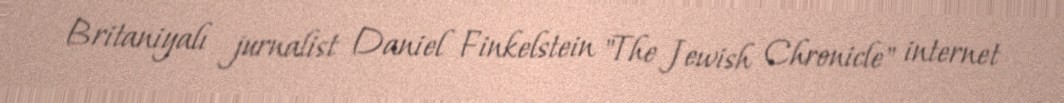
Britaniyalı jurnalist Daniel Finkelstein "The Jewish Chronicle" internet